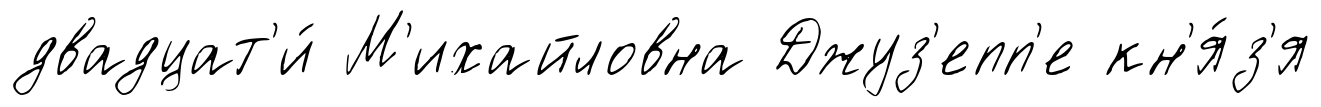
двадцат'и́ М'ихайловна Джуз'епп'е кн'я́з'я